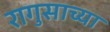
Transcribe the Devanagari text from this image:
रागुसाच्या